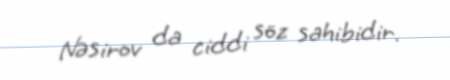
Nəsirov da ciddi söz sahibidir.